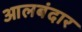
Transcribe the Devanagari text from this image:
आलबंदार